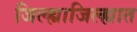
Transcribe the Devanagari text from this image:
जिल्ह्याजिल्ह्यात